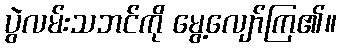
ပွဲလမ်းသဘင်ကို မွေ့လျော်ကြ၏။